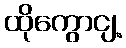
ထိုကွောငျ့